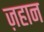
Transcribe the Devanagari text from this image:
ज़हान